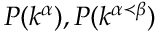
P ( k ^ { \alpha } ) , P ( k ^ { \alpha \prec \beta } )